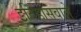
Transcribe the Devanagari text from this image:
इतिहासवाले